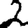
Digit: 2